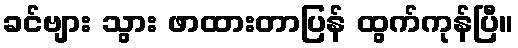
ခင်ဗျား သွား ဖာထားတာပြန် ထွက်ကုန်ပြီ။